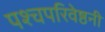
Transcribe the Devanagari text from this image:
पश्चपरिवेष्ठनी